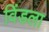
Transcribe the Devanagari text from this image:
विंडला